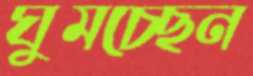
ঘুমচ্ছেন